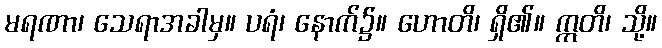
မရဏာ၊ သေရာအခါမှ။ ပရံ၊ နောက်၌။ ဟောတိ၊ ရှိ၏။ ဣတိ၊ သို့။